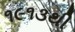
૧૯૧૩થી